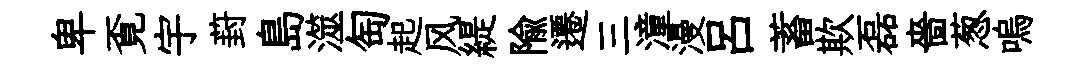
卑覔宇葑島澨匋起风緹隃遷三潼漫吕蓄欺磊嗇葱嗚